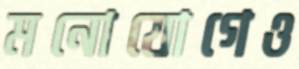
মনোযোগেও